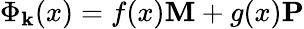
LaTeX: \Phi_{\mathbf{k}}(x)=f(x){\mathbf{M}}+g(x){\mathbf{P}}